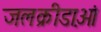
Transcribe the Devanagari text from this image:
जलक्रीडा़ओं